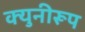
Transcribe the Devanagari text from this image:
क्युनीरूप